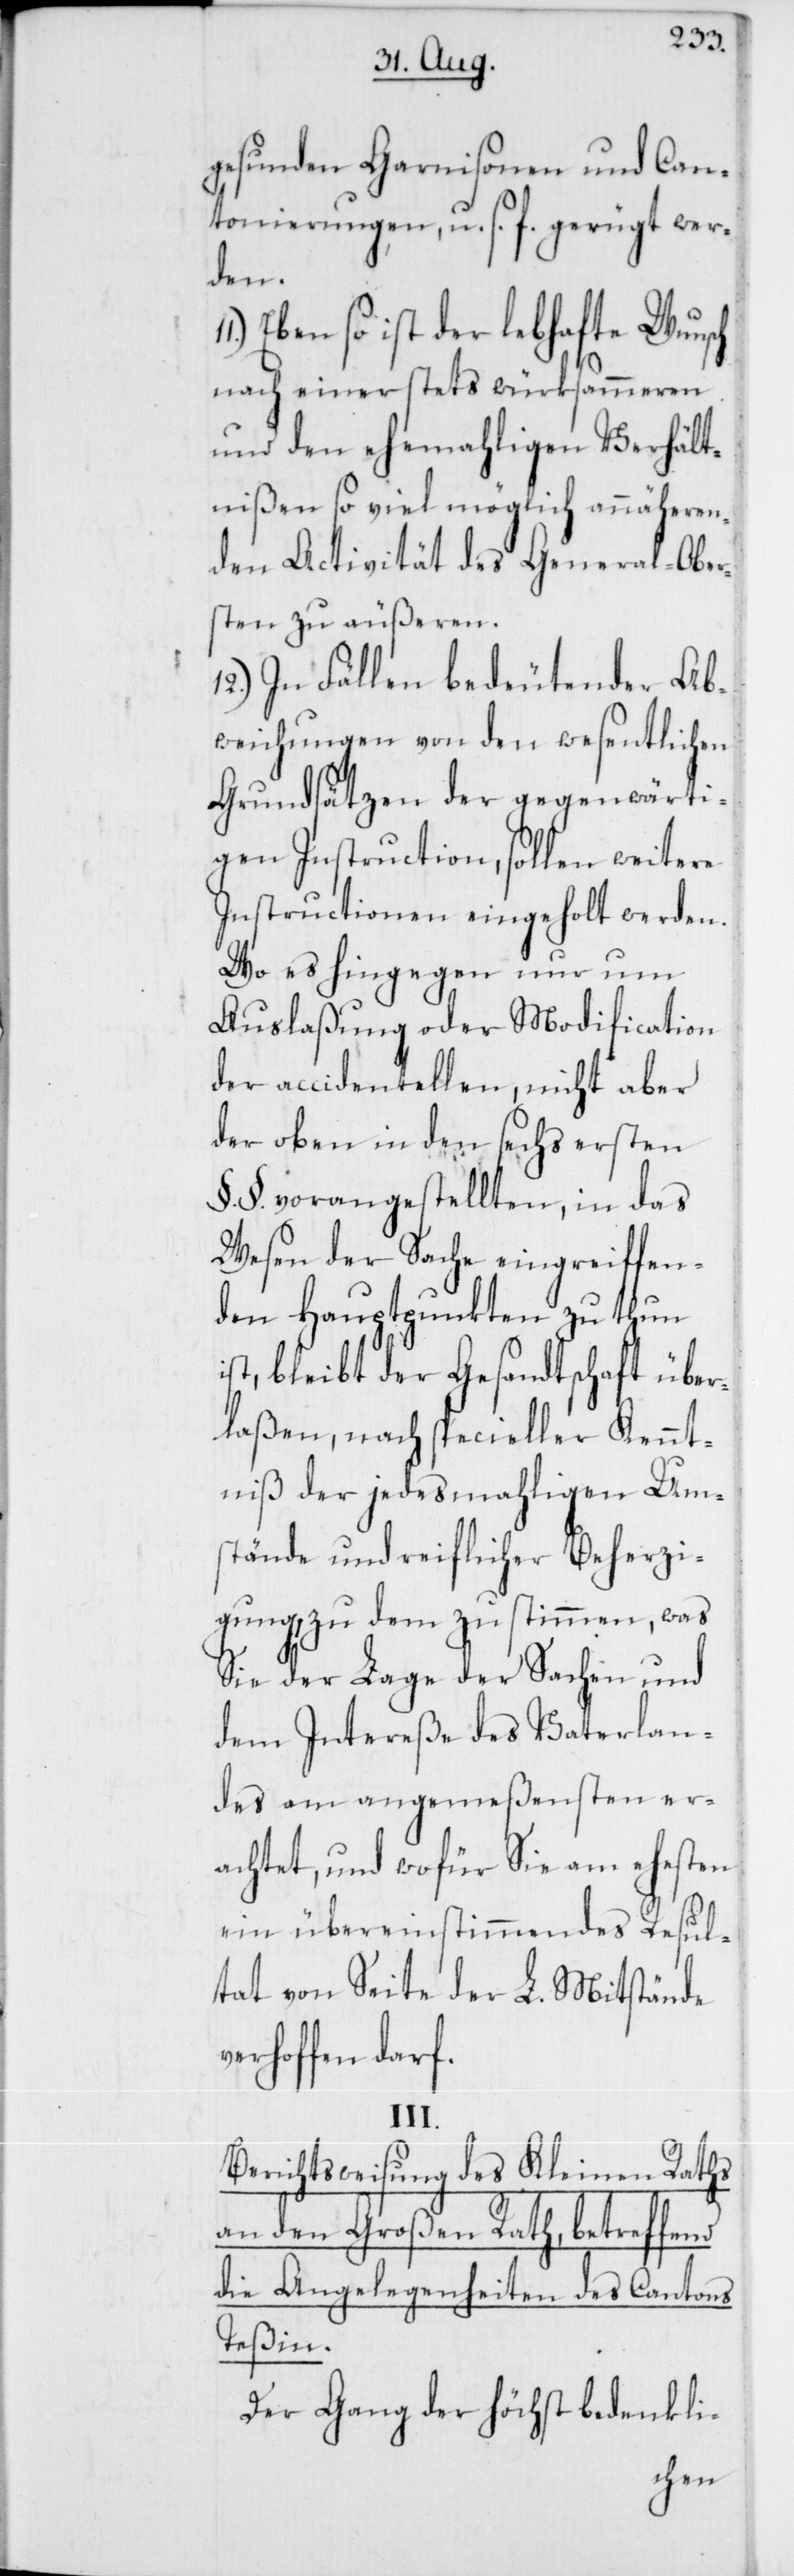
gesunden Garnisonen und Can¬
tonierungen, u. s. f. gerügt wer¬
den.
Ebenso ist der lebhafte Wunsch
nach einer stets würksammeren
und den ehemaligen Verhält¬
nißen so viel möglich annäheren¬
den Activität des General-Ober¬
sten zu äußeren.
In Fällen bedeutender Ab¬
weichungen von den wesentlichen
Grundsätzen der gegenwärti¬
gen Instruction, sollen weitere
Instructionen eingeholt werden.
Wo es hingegen nur um
Auslaßung oder Modification
der accidentellen, nicht aber
der oben in den sechs ersten
§.§. vorangestellten, in das
Wesen der Sache eingreiffen¬
den Hauptpunkten zu thun
ist, bleibt der Gesandtschaft über¬
laßen, nach specieller Kennt¬
niß der jedesmahligen Um¬
stände und reiflicher Beherzi¬
gung, zu dem zu stimmen, was
Sie der Lage der Sachen und
dem Intereße des Vaterlan¬
des am angemeßensten er¬
achtet, und wofür sie am ehesten
ein übereinstimmendes Resul¬
tat von Seite der L. Mitstände
verhoffen darf.
III.
Berichtsweisung des Kleinen Raths
an den Großen Rath, betreffend
die Angelegenheiten des Cantons
Teßin.
Der Gang der höchst bedenkli-